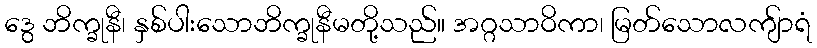
ဒွေ ဘိက္ခုနီ၊ နှစ်ပါးသောဘိက္ခုနီမတို့သည်။ အဂ္ဂသာဝိကာ၊ မြတ်သောလကျ်ာရံ